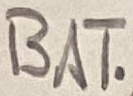
Text: BAT.